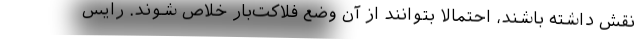
نقش داشته باشند، احتمالاً بتوانند از آن وضع فلاکت‌بار خلاص شوند. رایس